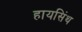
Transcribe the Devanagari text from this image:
हायसिंथ